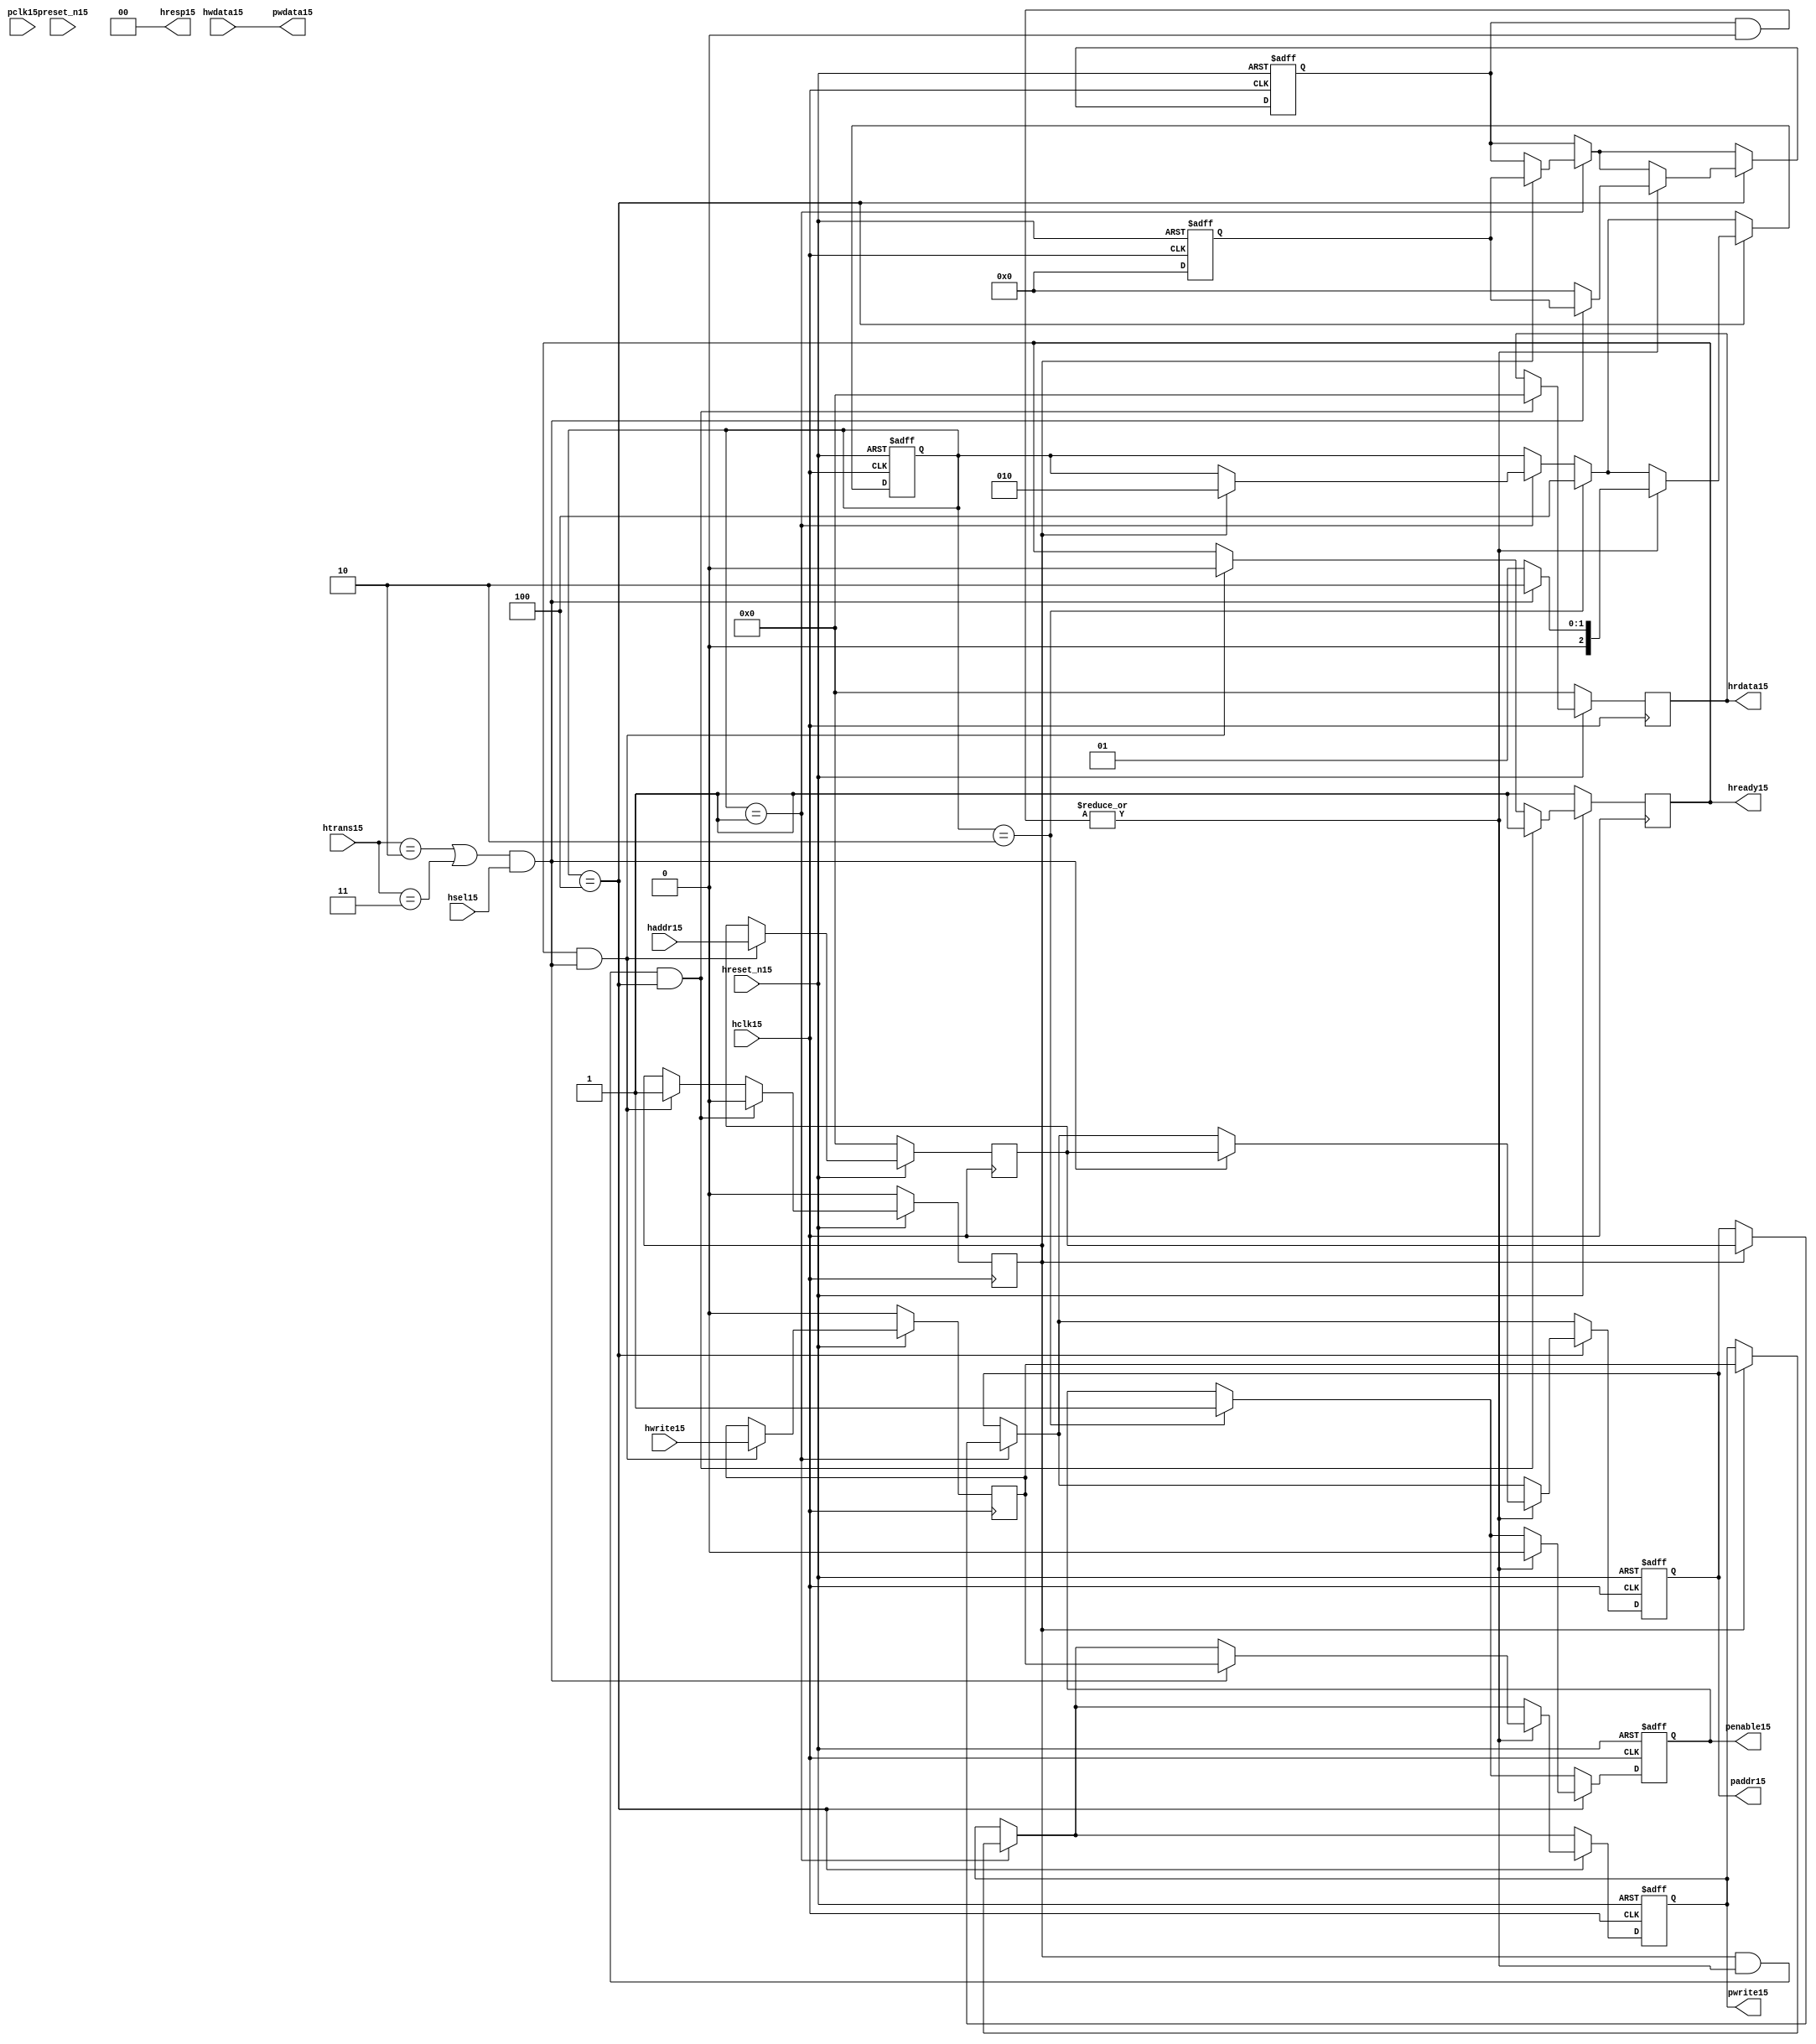
module ahb2apb15
(
  // AHB15 signals15
  hclk15,
  hreset_n15,
  hsel15,
  haddr15,
  htrans15,
  hwdata15,
  hwrite15,
  hrdata15,
  hready15,
  hresp15,
  
  // APB15 signals15 common to all APB15 slaves15
  pclk15,
  preset_n15,
  paddr15,
  penable15,
  pwrite15,
  pwdata15
  
  // Slave15 0 signals15
  `ifdef APB_SLAVE015
  ,psel015
  ,pready015
  ,prdata015
  `endif
  
  // Slave15 1 signals15
  `ifdef APB_SLAVE115
  ,psel115
  ,pready115
  ,prdata115
  `endif
  
  // Slave15 2 signals15
  `ifdef APB_SLAVE215
  ,psel215
  ,pready215
  ,prdata215
  `endif
  
  // Slave15 3 signals15
  `ifdef APB_SLAVE315
  ,psel315
  ,pready315
  ,prdata315
  `endif
  
  // Slave15 4 signals15
  `ifdef APB_SLAVE415
  ,psel415
  ,pready415
  ,prdata415
  `endif
  
  // Slave15 5 signals15
  `ifdef APB_SLAVE515
  ,psel515
  ,pready515
  ,prdata515
  `endif
  
  // Slave15 6 signals15
  `ifdef APB_SLAVE615
  ,psel615
  ,pready615
  ,prdata615
  `endif
  
  // Slave15 7 signals15
  `ifdef APB_SLAVE715
  ,psel715
  ,pready715
  ,prdata715
  `endif
  
  // Slave15 8 signals15
  `ifdef APB_SLAVE815
  ,psel815
  ,pready815
  ,prdata815
  `endif
  
  // Slave15 9 signals15
  `ifdef APB_SLAVE915
  ,psel915
  ,pready915
  ,prdata915
  `endif
  
  // Slave15 10 signals15
  `ifdef APB_SLAVE1015
  ,psel1015
  ,pready1015
  ,prdata1015
  `endif
  
  // Slave15 11 signals15
  `ifdef APB_SLAVE1115
  ,psel1115
  ,pready1115
  ,prdata1115
  `endif
  
  // Slave15 12 signals15
  `ifdef APB_SLAVE1215
  ,psel1215
  ,pready1215
  ,prdata1215
  `endif
  
  // Slave15 13 signals15
  `ifdef APB_SLAVE1315
  ,psel1315
  ,pready1315
  ,prdata1315
  `endif
  
  // Slave15 14 signals15
  `ifdef APB_SLAVE1415
  ,psel1415
  ,pready1415
  ,prdata1415
  `endif
  
  // Slave15 15 signals15
  `ifdef APB_SLAVE1515
  ,psel1515
  ,pready1515
  ,prdata1515
  `endif
  
);

parameter 
  APB_SLAVE0_START_ADDR15  = 32'h00000000,
  APB_SLAVE0_END_ADDR15    = 32'h00000000,
  APB_SLAVE1_START_ADDR15  = 32'h00000000,
  APB_SLAVE1_END_ADDR15    = 32'h00000000,
  APB_SLAVE2_START_ADDR15  = 32'h00000000,
  APB_SLAVE2_END_ADDR15    = 32'h00000000,
  APB_SLAVE3_START_ADDR15  = 32'h00000000,
  APB_SLAVE3_END_ADDR15    = 32'h00000000,
  APB_SLAVE4_START_ADDR15  = 32'h00000000,
  APB_SLAVE4_END_ADDR15    = 32'h00000000,
  APB_SLAVE5_START_ADDR15  = 32'h00000000,
  APB_SLAVE5_END_ADDR15    = 32'h00000000,
  APB_SLAVE6_START_ADDR15  = 32'h00000000,
  APB_SLAVE6_END_ADDR15    = 32'h00000000,
  APB_SLAVE7_START_ADDR15  = 32'h00000000,
  APB_SLAVE7_END_ADDR15    = 32'h00000000,
  APB_SLAVE8_START_ADDR15  = 32'h00000000,
  APB_SLAVE8_END_ADDR15    = 32'h00000000,
  APB_SLAVE9_START_ADDR15  = 32'h00000000,
  APB_SLAVE9_END_ADDR15    = 32'h00000000,
  APB_SLAVE10_START_ADDR15  = 32'h00000000,
  APB_SLAVE10_END_ADDR15    = 32'h00000000,
  APB_SLAVE11_START_ADDR15  = 32'h00000000,
  APB_SLAVE11_END_ADDR15    = 32'h00000000,
  APB_SLAVE12_START_ADDR15  = 32'h00000000,
  APB_SLAVE12_END_ADDR15    = 32'h00000000,
  APB_SLAVE13_START_ADDR15  = 32'h00000000,
  APB_SLAVE13_END_ADDR15    = 32'h00000000,
  APB_SLAVE14_START_ADDR15  = 32'h00000000,
  APB_SLAVE14_END_ADDR15    = 32'h00000000,
  APB_SLAVE15_START_ADDR15  = 32'h00000000,
  APB_SLAVE15_END_ADDR15    = 32'h00000000;

  // AHB15 signals15
input        hclk15;
input        hreset_n15;
input        hsel15;
input[31:0]  haddr15;
input[1:0]   htrans15;
input[31:0]  hwdata15;
input        hwrite15;
output[31:0] hrdata15;
reg   [31:0] hrdata15;
output       hready15;
output[1:0]  hresp15;
  
  // APB15 signals15 common to all APB15 slaves15
input       pclk15;
input       preset_n15;
output[31:0] paddr15;
reg   [31:0] paddr15;
output       penable15;
reg          penable15;
output       pwrite15;
reg          pwrite15;
output[31:0] pwdata15;
  
  // Slave15 0 signals15
`ifdef APB_SLAVE015
  output      psel015;
  input       pready015;
  input[31:0] prdata015;
`endif
  
  // Slave15 1 signals15
`ifdef APB_SLAVE115
  output      psel115;
  input       pready115;
  input[31:0] prdata115;
`endif
  
  // Slave15 2 signals15
`ifdef APB_SLAVE215
  output      psel215;
  input       pready215;
  input[31:0] prdata215;
`endif
  
  // Slave15 3 signals15
`ifdef APB_SLAVE315
  output      psel315;
  input       pready315;
  input[31:0] prdata315;
`endif
  
  // Slave15 4 signals15
`ifdef APB_SLAVE415
  output      psel415;
  input       pready415;
  input[31:0] prdata415;
`endif
  
  // Slave15 5 signals15
`ifdef APB_SLAVE515
  output      psel515;
  input       pready515;
  input[31:0] prdata515;
`endif
  
  // Slave15 6 signals15
`ifdef APB_SLAVE615
  output      psel615;
  input       pready615;
  input[31:0] prdata615;
`endif
  
  // Slave15 7 signals15
`ifdef APB_SLAVE715
  output      psel715;
  input       pready715;
  input[31:0] prdata715;
`endif
  
  // Slave15 8 signals15
`ifdef APB_SLAVE815
  output      psel815;
  input       pready815;
  input[31:0] prdata815;
`endif
  
  // Slave15 9 signals15
`ifdef APB_SLAVE915
  output      psel915;
  input       pready915;
  input[31:0] prdata915;
`endif
  
  // Slave15 10 signals15
`ifdef APB_SLAVE1015
  output      psel1015;
  input       pready1015;
  input[31:0] prdata1015;
`endif
  
  // Slave15 11 signals15
`ifdef APB_SLAVE1115
  output      psel1115;
  input       pready1115;
  input[31:0] prdata1115;
`endif
  
  // Slave15 12 signals15
`ifdef APB_SLAVE1215
  output      psel1215;
  input       pready1215;
  input[31:0] prdata1215;
`endif
  
  // Slave15 13 signals15
`ifdef APB_SLAVE1315
  output      psel1315;
  input       pready1315;
  input[31:0] prdata1315;
`endif
  
  // Slave15 14 signals15
`ifdef APB_SLAVE1415
  output      psel1415;
  input       pready1415;
  input[31:0] prdata1415;
`endif
  
  // Slave15 15 signals15
`ifdef APB_SLAVE1515
  output      psel1515;
  input       pready1515;
  input[31:0] prdata1515;
`endif
 
reg         ahb_addr_phase15;
reg         ahb_data_phase15;
wire        valid_ahb_trans15;
wire        pready_muxed15;
wire [31:0] prdata_muxed15;
reg  [31:0] haddr_reg15;
reg         hwrite_reg15;
reg  [2:0]  apb_state15;
wire [2:0]  apb_state_idle15;
wire [2:0]  apb_state_setup15;
wire [2:0]  apb_state_access15;
reg  [15:0] slave_select15;
wire [15:0] pready_vector15;
reg  [15:0] psel_vector15;
wire [31:0] prdata0_q15;
wire [31:0] prdata1_q15;
wire [31:0] prdata2_q15;
wire [31:0] prdata3_q15;
wire [31:0] prdata4_q15;
wire [31:0] prdata5_q15;
wire [31:0] prdata6_q15;
wire [31:0] prdata7_q15;
wire [31:0] prdata8_q15;
wire [31:0] prdata9_q15;
wire [31:0] prdata10_q15;
wire [31:0] prdata11_q15;
wire [31:0] prdata12_q15;
wire [31:0] prdata13_q15;
wire [31:0] prdata14_q15;
wire [31:0] prdata15_q15;

// assign pclk15     = hclk15;
// assign preset_n15 = hreset_n15;
assign hready15   = ahb_addr_phase15;
assign pwdata15   = hwdata15;
assign hresp15  = 2'b00;

// Respond15 to NONSEQ15 or SEQ transfers15
assign valid_ahb_trans15 = ((htrans15 == 2'b10) || (htrans15 == 2'b11)) && (hsel15 == 1'b1);

always @(posedge hclk15) begin
  if (hreset_n15 == 1'b0) begin
    ahb_addr_phase15 <= 1'b1;
    ahb_data_phase15 <= 1'b0;
    haddr_reg15      <= 'b0;
    hwrite_reg15     <= 1'b0;
    hrdata15         <= 'b0;
  end
  else begin
    if (ahb_addr_phase15 == 1'b1 && valid_ahb_trans15 == 1'b1) begin
      ahb_addr_phase15 <= 1'b0;
      ahb_data_phase15 <= 1'b1;
      haddr_reg15      <= haddr15;
      hwrite_reg15     <= hwrite15;
    end
    if (ahb_data_phase15 == 1'b1 && pready_muxed15 == 1'b1 && apb_state15 == apb_state_access15) begin
      ahb_addr_phase15 <= 1'b1;
      ahb_data_phase15 <= 1'b0;
      hrdata15         <= prdata_muxed15;
    end
  end
end

// APB15 state machine15 state definitions15
assign apb_state_idle15   = 3'b001;
assign apb_state_setup15  = 3'b010;
assign apb_state_access15 = 3'b100;

// APB15 state machine15
always @(posedge hclk15 or negedge hreset_n15) begin
  if (hreset_n15 == 1'b0) begin
    apb_state15   <= apb_state_idle15;
    psel_vector15 <= 1'b0;
    penable15     <= 1'b0;
    paddr15       <= 1'b0;
    pwrite15      <= 1'b0;
  end  
  else begin
    
    // IDLE15 -> SETUP15
    if (apb_state15 == apb_state_idle15) begin
      if (ahb_data_phase15 == 1'b1) begin
        apb_state15   <= apb_state_setup15;
        psel_vector15 <= slave_select15;
        paddr15       <= haddr_reg15;
        pwrite15      <= hwrite_reg15;
      end  
    end
    
    // SETUP15 -> TRANSFER15
    if (apb_state15 == apb_state_setup15) begin
      apb_state15 <= apb_state_access15;
      penable15   <= 1'b1;
    end
    
    // TRANSFER15 -> SETUP15 or
    // TRANSFER15 -> IDLE15
    if (apb_state15 == apb_state_access15) begin
      if (pready_muxed15 == 1'b1) begin
      
        // TRANSFER15 -> SETUP15
        if (valid_ahb_trans15 == 1'b1) begin
          apb_state15   <= apb_state_setup15;
          penable15     <= 1'b0;
          psel_vector15 <= slave_select15;
          paddr15       <= haddr_reg15;
          pwrite15      <= hwrite_reg15;
        end  
        
        // TRANSFER15 -> IDLE15
        else begin
          apb_state15   <= apb_state_idle15;      
          penable15     <= 1'b0;
          psel_vector15 <= 'b0;
        end  
      end
    end
    
  end
end

always @(posedge hclk15 or negedge hreset_n15) begin
  if (hreset_n15 == 1'b0)
    slave_select15 <= 'b0;
  else begin  
  `ifdef APB_SLAVE015
     slave_select15[0]   <= valid_ahb_trans15 && (haddr15 >= APB_SLAVE0_START_ADDR15)  && (haddr15 <= APB_SLAVE0_END_ADDR15);
   `else
     slave_select15[0]   <= 1'b0;
   `endif
   
   `ifdef APB_SLAVE115
     slave_select15[1]   <= valid_ahb_trans15 && (haddr15 >= APB_SLAVE1_START_ADDR15)  && (haddr15 <= APB_SLAVE1_END_ADDR15);
   `else
     slave_select15[1]   <= 1'b0;
   `endif  
     
   `ifdef APB_SLAVE215  
     slave_select15[2]   <= valid_ahb_trans15 && (haddr15 >= APB_SLAVE2_START_ADDR15)  && (haddr15 <= APB_SLAVE2_END_ADDR15);
   `else
     slave_select15[2]   <= 1'b0;
   `endif  
     
   `ifdef APB_SLAVE315  
     slave_select15[3]   <= valid_ahb_trans15 && (haddr15 >= APB_SLAVE3_START_ADDR15)  && (haddr15 <= APB_SLAVE3_END_ADDR15);
   `else
     slave_select15[3]   <= 1'b0;
   `endif  
     
   `ifdef APB_SLAVE415  
     slave_select15[4]   <= valid_ahb_trans15 && (haddr15 >= APB_SLAVE4_START_ADDR15)  && (haddr15 <= APB_SLAVE4_END_ADDR15);
   `else
     slave_select15[4]   <= 1'b0;
   `endif  
     
   `ifdef APB_SLAVE515  
     slave_select15[5]   <= valid_ahb_trans15 && (haddr15 >= APB_SLAVE5_START_ADDR15)  && (haddr15 <= APB_SLAVE5_END_ADDR15);
   `else
     slave_select15[5]   <= 1'b0;
   `endif  
     
   `ifdef APB_SLAVE615  
     slave_select15[6]   <= valid_ahb_trans15 && (haddr15 >= APB_SLAVE6_START_ADDR15)  && (haddr15 <= APB_SLAVE6_END_ADDR15);
   `else
     slave_select15[6]   <= 1'b0;
   `endif  
     
   `ifdef APB_SLAVE715  
     slave_select15[7]   <= valid_ahb_trans15 && (haddr15 >= APB_SLAVE7_START_ADDR15)  && (haddr15 <= APB_SLAVE7_END_ADDR15);
   `else
     slave_select15[7]   <= 1'b0;
   `endif  
     
   `ifdef APB_SLAVE815  
     slave_select15[8]   <= valid_ahb_trans15 && (haddr15 >= APB_SLAVE8_START_ADDR15)  && (haddr15 <= APB_SLAVE8_END_ADDR15);
   `else
     slave_select15[8]   <= 1'b0;
   `endif  
     
   `ifdef APB_SLAVE915  
     slave_select15[9]   <= valid_ahb_trans15 && (haddr15 >= APB_SLAVE9_START_ADDR15)  && (haddr15 <= APB_SLAVE9_END_ADDR15);
   `else
     slave_select15[9]   <= 1'b0;
   `endif  
     
   `ifdef APB_SLAVE1015  
     slave_select15[10]  <= valid_ahb_trans15 && (haddr15 >= APB_SLAVE10_START_ADDR15) && (haddr15 <= APB_SLAVE10_END_ADDR15);
   `else
     slave_select15[10]   <= 1'b0;
   `endif  
     
   `ifdef APB_SLAVE1115  
     slave_select15[11]  <= valid_ahb_trans15 && (haddr15 >= APB_SLAVE11_START_ADDR15) && (haddr15 <= APB_SLAVE11_END_ADDR15);
   `else
     slave_select15[11]   <= 1'b0;
   `endif  
     
   `ifdef APB_SLAVE1215  
     slave_select15[12]  <= valid_ahb_trans15 && (haddr15 >= APB_SLAVE12_START_ADDR15) && (haddr15 <= APB_SLAVE12_END_ADDR15);
   `else
     slave_select15[12]   <= 1'b0;
   `endif  
     
   `ifdef APB_SLAVE1315  
     slave_select15[13]  <= valid_ahb_trans15 && (haddr15 >= APB_SLAVE13_START_ADDR15) && (haddr15 <= APB_SLAVE13_END_ADDR15);
   `else
     slave_select15[13]   <= 1'b0;
   `endif  
     
   `ifdef APB_SLAVE1415  
     slave_select15[14]  <= valid_ahb_trans15 && (haddr15 >= APB_SLAVE14_START_ADDR15) && (haddr15 <= APB_SLAVE14_END_ADDR15);
   `else
     slave_select15[14]   <= 1'b0;
   `endif  
     
   `ifdef APB_SLAVE1515  
     slave_select15[15]  <= valid_ahb_trans15 && (haddr15 >= APB_SLAVE15_START_ADDR15) && (haddr15 <= APB_SLAVE15_END_ADDR15);
   `else
     slave_select15[15]   <= 1'b0;
   `endif  
  end
end

assign pready_muxed15 = |(psel_vector15 & pready_vector15);
assign prdata_muxed15 = prdata0_q15  | prdata1_q15  | prdata2_q15  | prdata3_q15  |
                      prdata4_q15  | prdata5_q15  | prdata6_q15  | prdata7_q15  |
                      prdata8_q15  | prdata9_q15  | prdata10_q15 | prdata11_q15 |
                      prdata12_q15 | prdata13_q15 | prdata14_q15 | prdata15_q15 ;

`ifdef APB_SLAVE015
  assign psel015            = psel_vector15[0];
  assign pready_vector15[0] = pready015;
  assign prdata0_q15        = (psel015 == 1'b1) ? prdata015 : 'b0;
`else
  assign pready_vector15[0] = 1'b0;
  assign prdata0_q15        = 'b0;
`endif

`ifdef APB_SLAVE115
  assign psel115            = psel_vector15[1];
  assign pready_vector15[1] = pready115;
  assign prdata1_q15        = (psel115 == 1'b1) ? prdata115 : 'b0;
`else
  assign pready_vector15[1] = 1'b0;
  assign prdata1_q15        = 'b0;
`endif

`ifdef APB_SLAVE215
  assign psel215            = psel_vector15[2];
  assign pready_vector15[2] = pready215;
  assign prdata2_q15        = (psel215 == 1'b1) ? prdata215 : 'b0;
`else
  assign pready_vector15[2] = 1'b0;
  assign prdata2_q15        = 'b0;
`endif

`ifdef APB_SLAVE315
  assign psel315            = psel_vector15[3];
  assign pready_vector15[3] = pready315;
  assign prdata3_q15        = (psel315 == 1'b1) ? prdata315 : 'b0;
`else
  assign pready_vector15[3] = 1'b0;
  assign prdata3_q15        = 'b0;
`endif

`ifdef APB_SLAVE415
  assign psel415            = psel_vector15[4];
  assign pready_vector15[4] = pready415;
  assign prdata4_q15        = (psel415 == 1'b1) ? prdata415 : 'b0;
`else
  assign pready_vector15[4] = 1'b0;
  assign prdata4_q15        = 'b0;
`endif

`ifdef APB_SLAVE515
  assign psel515            = psel_vector15[5];
  assign pready_vector15[5] = pready515;
  assign prdata5_q15        = (psel515 == 1'b1) ? prdata515 : 'b0;
`else
  assign pready_vector15[5] = 1'b0;
  assign prdata5_q15        = 'b0;
`endif

`ifdef APB_SLAVE615
  assign psel615            = psel_vector15[6];
  assign pready_vector15[6] = pready615;
  assign prdata6_q15        = (psel615 == 1'b1) ? prdata615 : 'b0;
`else
  assign pready_vector15[6] = 1'b0;
  assign prdata6_q15        = 'b0;
`endif

`ifdef APB_SLAVE715
  assign psel715            = psel_vector15[7];
  assign pready_vector15[7] = pready715;
  assign prdata7_q15        = (psel715 == 1'b1) ? prdata715 : 'b0;
`else
  assign pready_vector15[7] = 1'b0;
  assign prdata7_q15        = 'b0;
`endif

`ifdef APB_SLAVE815
  assign psel815            = psel_vector15[8];
  assign pready_vector15[8] = pready815;
  assign prdata8_q15        = (psel815 == 1'b1) ? prdata815 : 'b0;
`else
  assign pready_vector15[8] = 1'b0;
  assign prdata8_q15        = 'b0;
`endif

`ifdef APB_SLAVE915
  assign psel915            = psel_vector15[9];
  assign pready_vector15[9] = pready915;
  assign prdata9_q15        = (psel915 == 1'b1) ? prdata915 : 'b0;
`else
  assign pready_vector15[9] = 1'b0;
  assign prdata9_q15        = 'b0;
`endif

`ifdef APB_SLAVE1015
  assign psel1015            = psel_vector15[10];
  assign pready_vector15[10] = pready1015;
  assign prdata10_q15        = (psel1015 == 1'b1) ? prdata1015 : 'b0;
`else
  assign pready_vector15[10] = 1'b0;
  assign prdata10_q15        = 'b0;
`endif

`ifdef APB_SLAVE1115
  assign psel1115            = psel_vector15[11];
  assign pready_vector15[11] = pready1115;
  assign prdata11_q15        = (psel1115 == 1'b1) ? prdata1115 : 'b0;
`else
  assign pready_vector15[11] = 1'b0;
  assign prdata11_q15        = 'b0;
`endif

`ifdef APB_SLAVE1215
  assign psel1215            = psel_vector15[12];
  assign pready_vector15[12] = pready1215;
  assign prdata12_q15        = (psel1215 == 1'b1) ? prdata1215 : 'b0;
`else
  assign pready_vector15[12] = 1'b0;
  assign prdata12_q15        = 'b0;
`endif

`ifdef APB_SLAVE1315
  assign psel1315            = psel_vector15[13];
  assign pready_vector15[13] = pready1315;
  assign prdata13_q15        = (psel1315 == 1'b1) ? prdata1315 : 'b0;
`else
  assign pready_vector15[13] = 1'b0;
  assign prdata13_q15        = 'b0;
`endif

`ifdef APB_SLAVE1415
  assign psel1415            = psel_vector15[14];
  assign pready_vector15[14] = pready1415;
  assign prdata14_q15        = (psel1415 == 1'b1) ? prdata1415 : 'b0;
`else
  assign pready_vector15[14] = 1'b0;
  assign prdata14_q15        = 'b0;
`endif

`ifdef APB_SLAVE1515
  assign psel1515            = psel_vector15[15];
  assign pready_vector15[15] = pready1515;
  assign prdata15_q15        = (psel1515 == 1'b1) ? prdata1515 : 'b0;
`else
  assign pready_vector15[15] = 1'b0;
  assign prdata15_q15        = 'b0;
`endif

endmodule